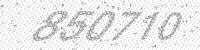
Solution: 850710